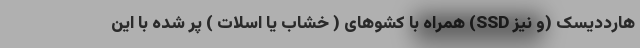
هارددیسک (و نیز SSD) همراه با کشوهای ( خشاب یا اسلات ) پر شده با این